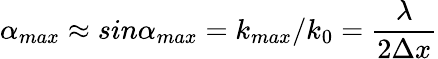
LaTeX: \alpha_{max}\approx sin\alpha_{max}=k_{max}/k_{0}=\frac{\lambda}{2\Delta x}